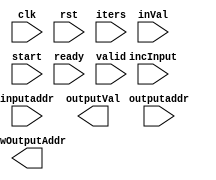
`timescale 1ns / 1ps
//////////////////////////////////////////////////////////////////////////////////
// Company: 
// Engineer: 
// 
// Design Name: 
// Module Name:    WriteToFFT 
// Project Name: 
// Target Devices: 
// Tool versions: 
// Description: 
//
// Dependencies: 
//
// Revision: 
// Revision 0.01 - File Created
// Additional Comments: 
//
//////////////////////////////////////////////////////////////////////////////////
module WriteToFFT(
	input clk,
	input rst,
	input iters,
	input [7:0] inputaddr,
	input [7:0] outputaddr,
	input [31:0] inVal,
	input incInput,
	output outputVal,
	output [7:0] newOutputAddr,
	input start,
	input ready,
	input valid
    );
	
	reg [4:0] state;
	reg iter;

endmodule